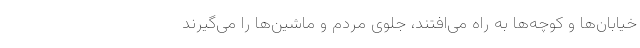
خیابان‌ها و کوچه‌ها به راه می‌افتند، جلوی مردم و ماشین‌ها را می‌گیرند